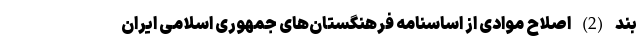
بند (2) اصلاح موادی از اساسنامه فرهنگستان‌های جمهوری اسلامی ایران